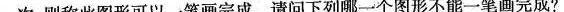
一次，则称此图形可以一笔画完成。请问下列哪一个图形不能一笔画完成?